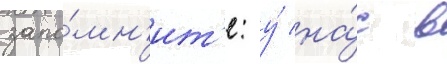
запо́мн'ит'е: у́ на́с в